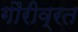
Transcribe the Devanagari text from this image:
गौरीव्रत